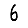
Digit: 6